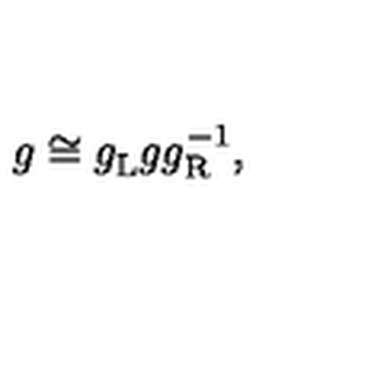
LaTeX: g \cong g _ { \mathrm { L } } ^ { \vphantom 1 } g g _ { \mathrm { R } } ^ { - 1 } ,